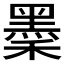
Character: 𪐺